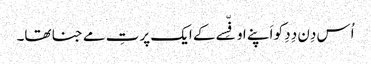
اُس دِن دِدِ کو اَپنے اوفِّسے کے ایک پرتِ مے جنا تھا۔